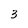
Character: 3